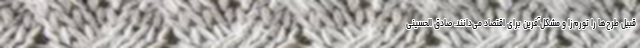
قبیل طرح‌ها را تورم‌زا و مشکل‌آفرین برای اقتصاد می‌دانند. صادق الحسینی